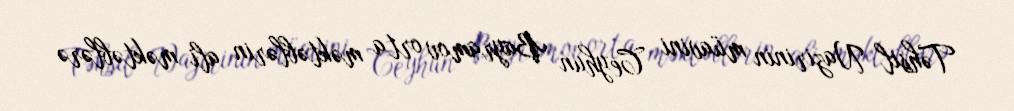
Təhsil Nazirinin müavini Ceyhun Bayramov orta məktəblərin ali məktəblərə